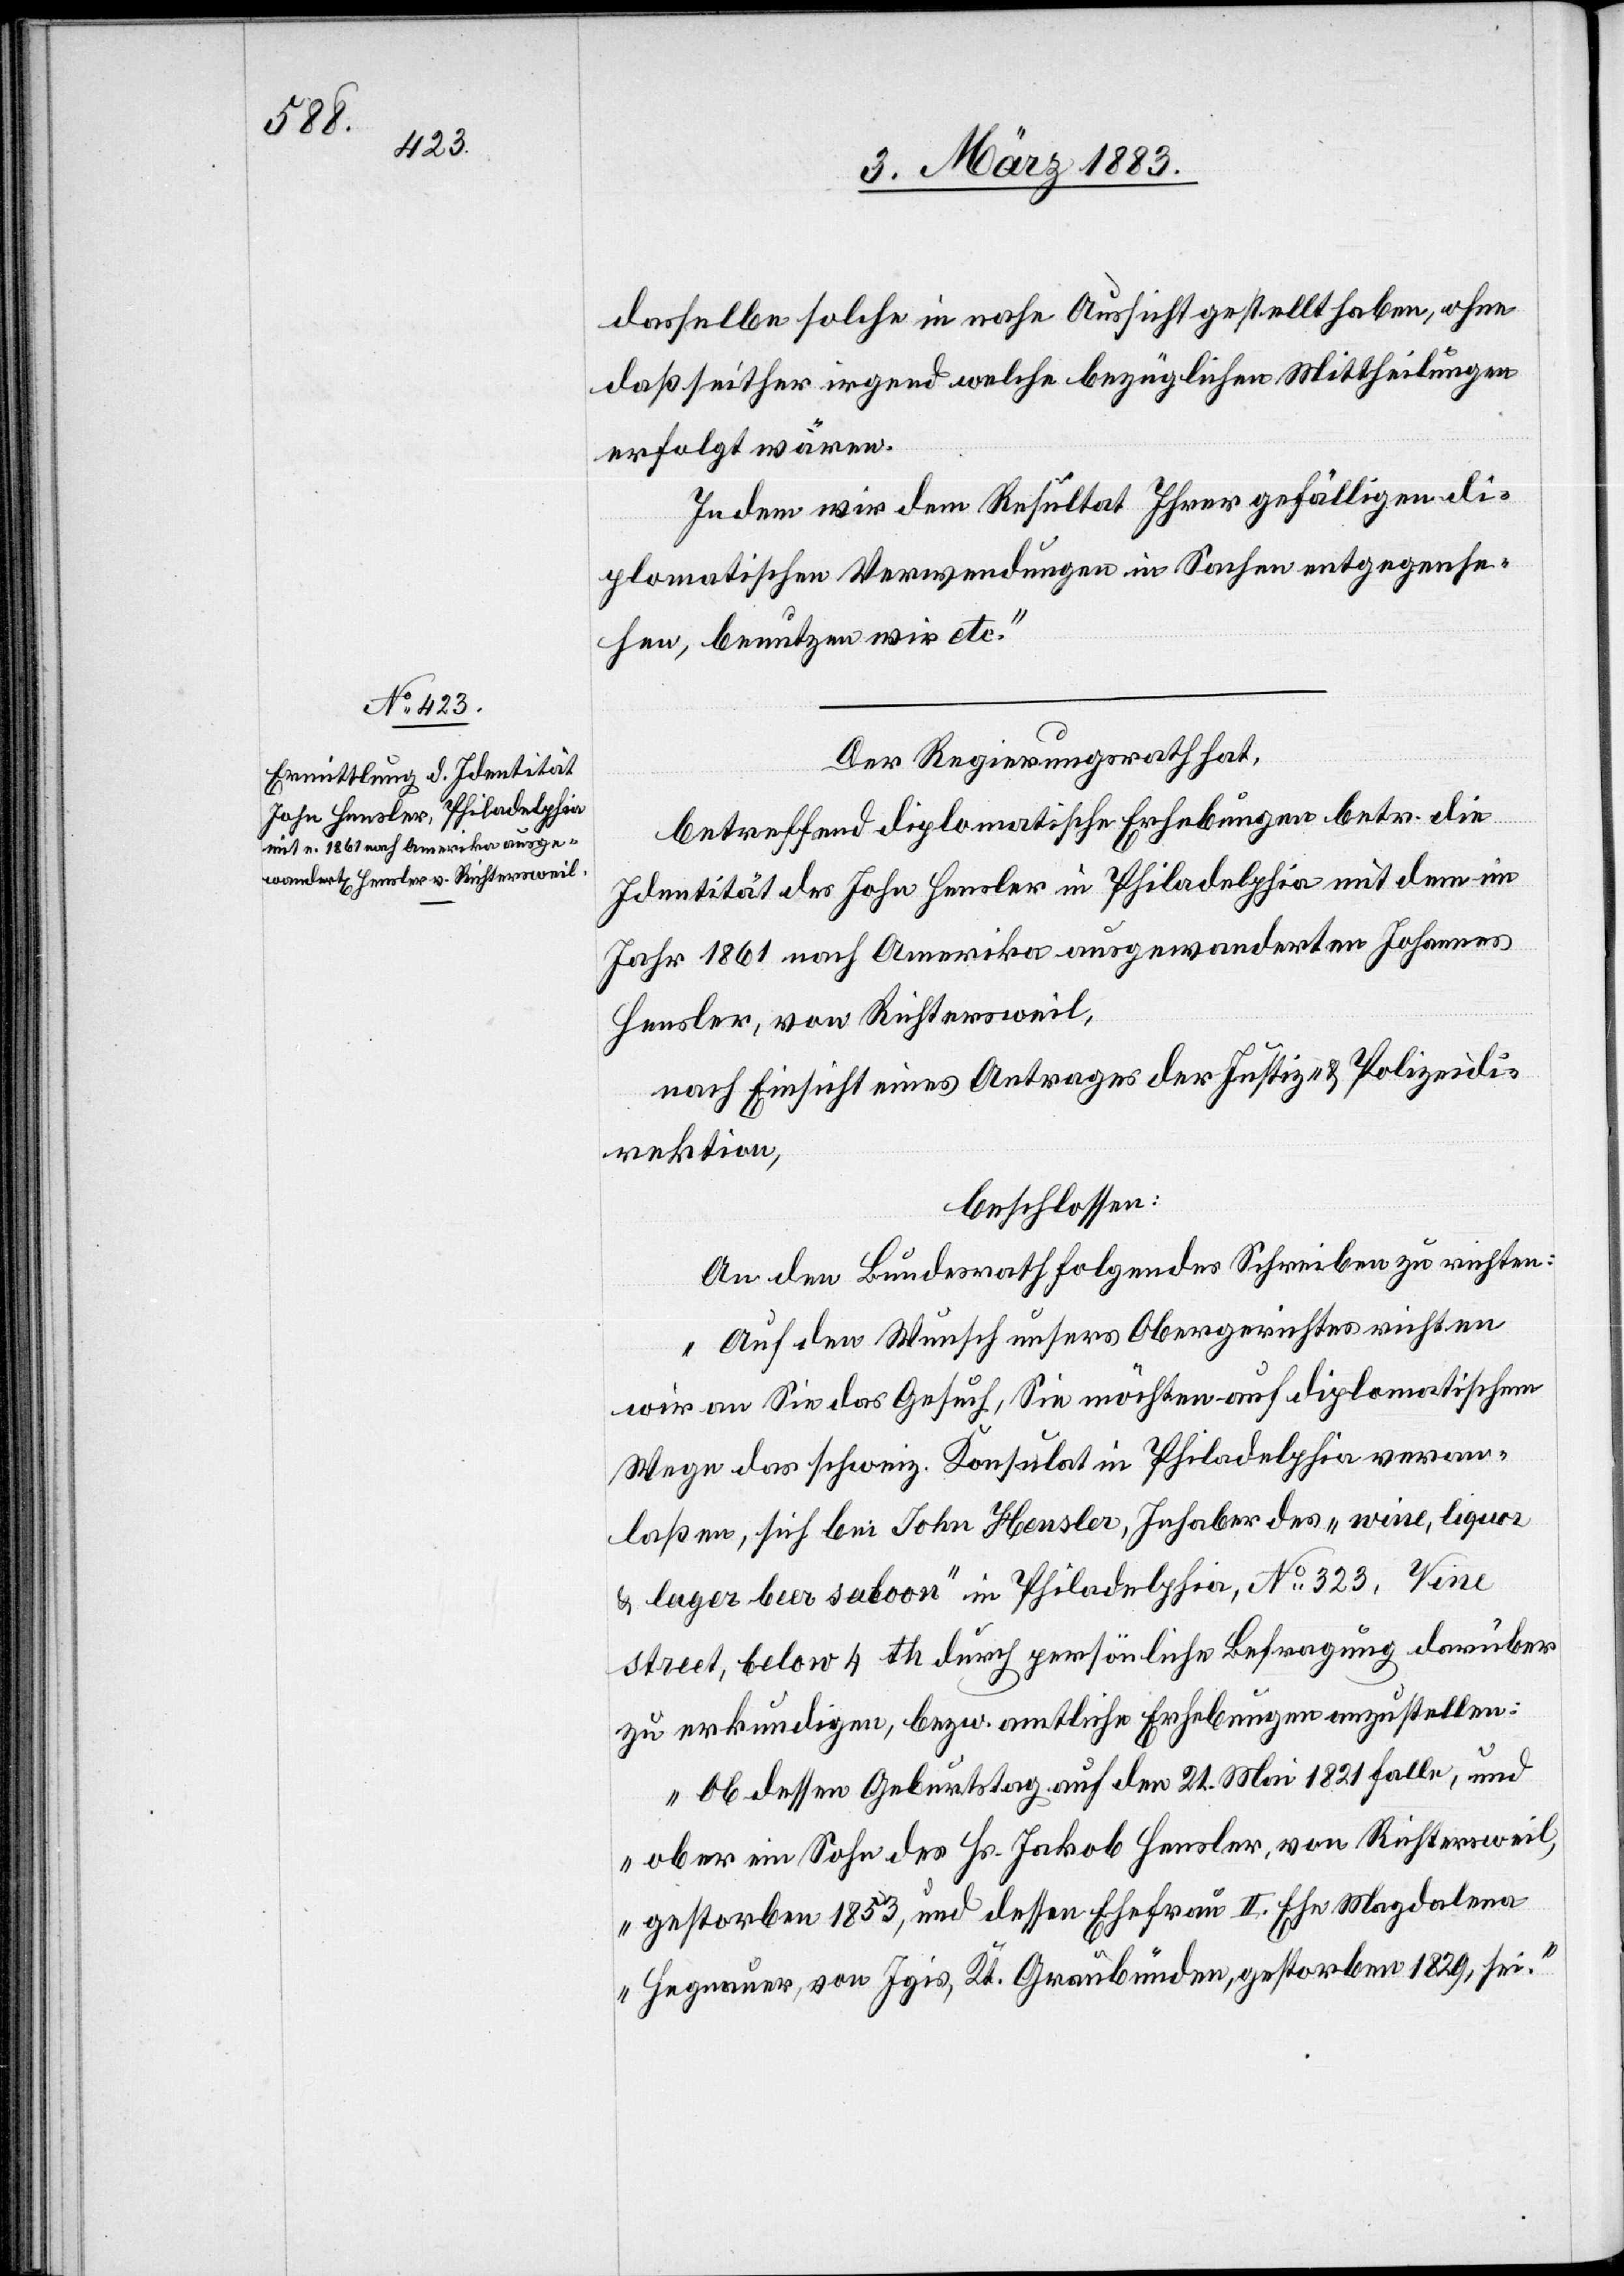
dasselbe solche in nahe Aussicht gestellt haben, ohne
daß seither irgend welche bezüglichen Mittheilungen
erfolgt wären.
Indem wir dem Resultat Ihrer gefälligen di¬
plomatischen Verwendungen in Sachen entgegense¬
hen, benutzen wir etc.“
Der Regierungsrath hat,
betreffend diplomatische Erhebungen betr. die
Identität des John Hensler in Philadelphia mit dem im
Jahr 1861 nach Amerika ausgewanderten Johannes
Hensler, von Richtersweil,
nach Einsicht eines Antrages der Justiz- & Polizeidi¬
rektion,
beschlossen:
An den Bundesrath folgendes Schreiben zu richten:
„Auf den Wunsch unsers Obergerichtes richten
wir an Sie das Gesuch, Sie möchten auf diplomatischem
Wege das schweiz. Konsulat in Philadelphia veran¬
laßen, sich bei John Hensler, Inhaber des „wine, liquor
& lager beer saloon“ in Philadelphia, No 323, Vine
street, below 4th durch persönliche Befragung darüber
zu erkundigen, bezw. amtliche Erhebungen anzustellen:
Ob dessen Geburtstag auf den 21. Mai 1821 falle, und
ob er ein Sohn des Hs. Jakob Hensler, von Richtersweil,
gestorben 1853, und dessen Ehefrau II. Ehe Magdalena
Hegnauer, von Igis, Kt. Graubünden, gestorben 1829, sei.“